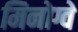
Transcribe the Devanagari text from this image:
मिनोग्वे